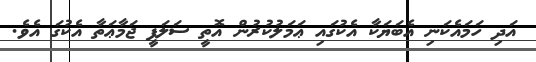
އަދި ހަމައެކަނި އެބަޔަކާ އެކުގައި ޢަމަލުކުރުން އޮތީ ސަލަފީ ޖަމާޢަތާ އެކުގަ އެވެ.